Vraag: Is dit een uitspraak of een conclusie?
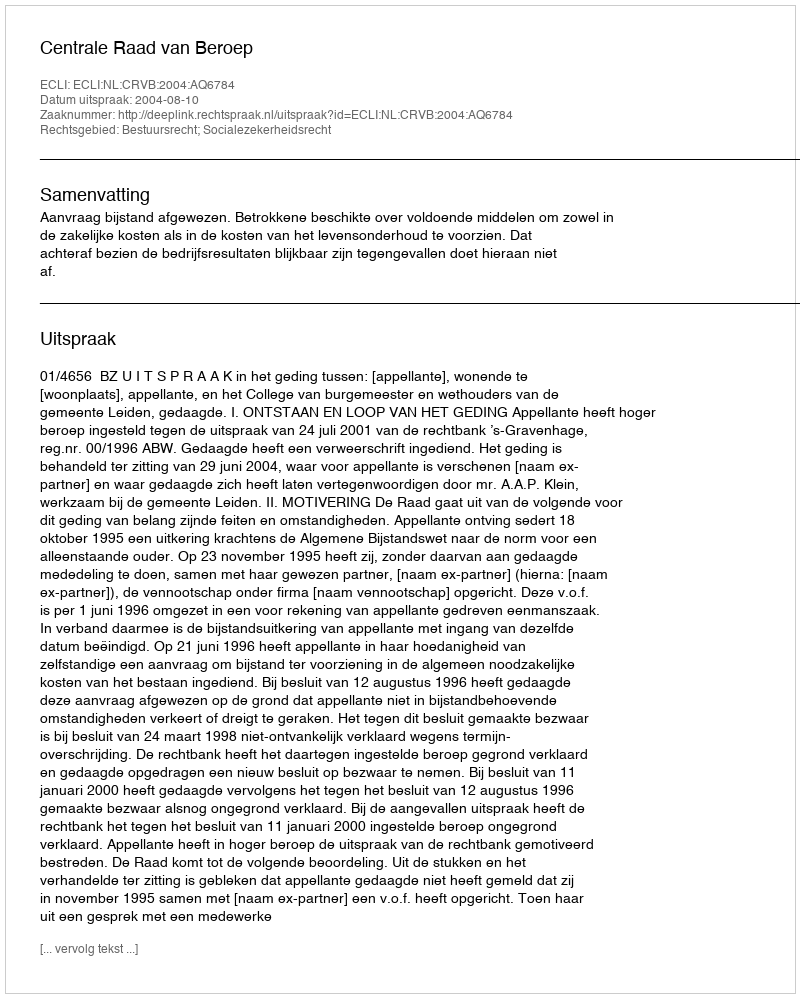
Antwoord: Uitspraak